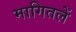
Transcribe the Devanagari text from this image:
मागितलें